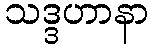
သဒ္ဒဟာနာ